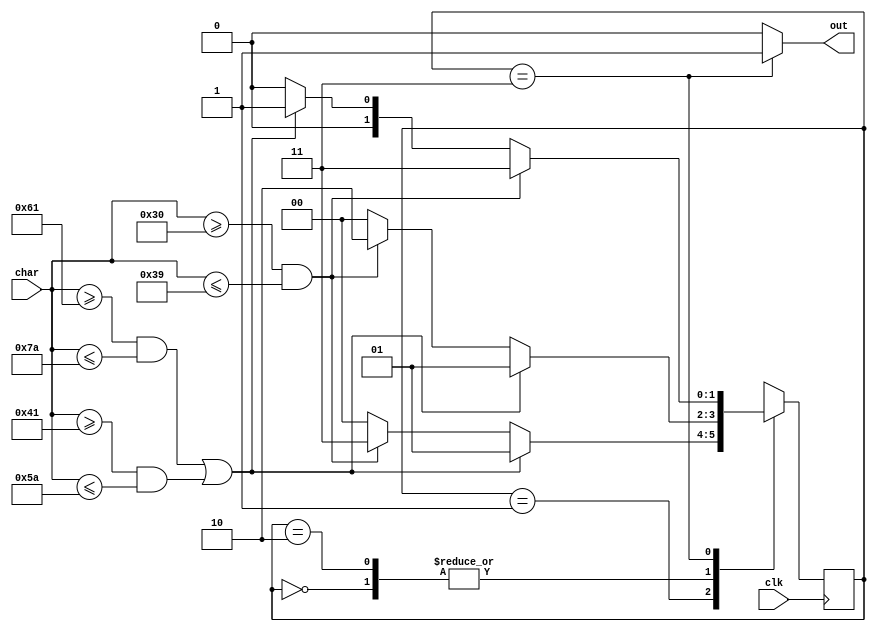
`define S0 2'b00
`define S1 2'b01
`define S2 2'b10
`define S3 2'b11

module id_fsm (
    input [7:0] char,
    input clk,
    output out
);
    
    reg [1:0] status;

    always @(posedge clk) begin
        case (status)
            `S0: begin
                if ((char >= 8'b01100001 && char <= 8'b01111010) || (char >= 8'b01000001 && char <= 8'b01011010)) begin
                    status <= `S1;
                end // characters a-z A-Z
                else if (char >= 8'b00110000 && char <= 8'b00111001) begin
                    status <= `S2;
                end // digits 0-9
                else begin
                    status <= `S0;
                end
            end 
            `S1: begin
                if ((char >= 8'b01100001 && char <= 8'b01111010) || (char >= 8'b01000001 && char <= 8'b01011010)) begin
                    status <= `S1;
                end
                else if (char >= 8'b00110000 && char <= 8'b00111001) begin
                    status <= `S3;
                end
                else begin
                    status <= `S0;
                end
            end
            `S2: begin
                if ((char >= 8'b01100001 && char <= 8'b01111010) || (char >= 8'b01000001 && char <= 8'b01011010)) begin
                    status <= `S1;
                end
                else if (char >= 8'b00110000 && char <= 8'b00111001) begin
                    status <= `S2;
                end
                else begin
                    status <= `S0;
                end
            end
            `S3: begin
                if ((char >= 8'b00110000 && char <= 8'b00111001)) begin
                    status <= `S3;
                end
                else if ((char >= 8'b01100001 && char <= 8'b01111010) || (char >= 8'b01000001 && char <= 8'b01011010)) begin
                    status <= `S1;
                end
                else begin
                    status <= `S0;
                end
            end
            default: begin
                status <= `S0;
            end
        endcase
    end
    assign out = status == `S3 ? 1'b1 : 1'b0;
endmodule